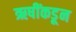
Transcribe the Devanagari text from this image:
ऋषींकडून